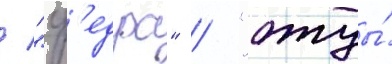
/ "ф'едра" / "отцы́